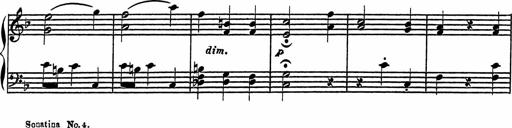
Title: 4 Piano Sonatinas
Composer: Adam Geibel